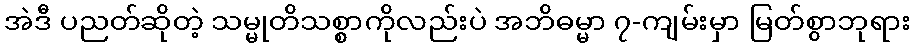
အဲဒီ ပညတ်ဆိုတဲ့ သမ္မုတိသစ္စာကိုလည်းပဲ အဘိဓမ္မာ ၇-ကျမ်းမှာ မြတ်စွာဘုရား